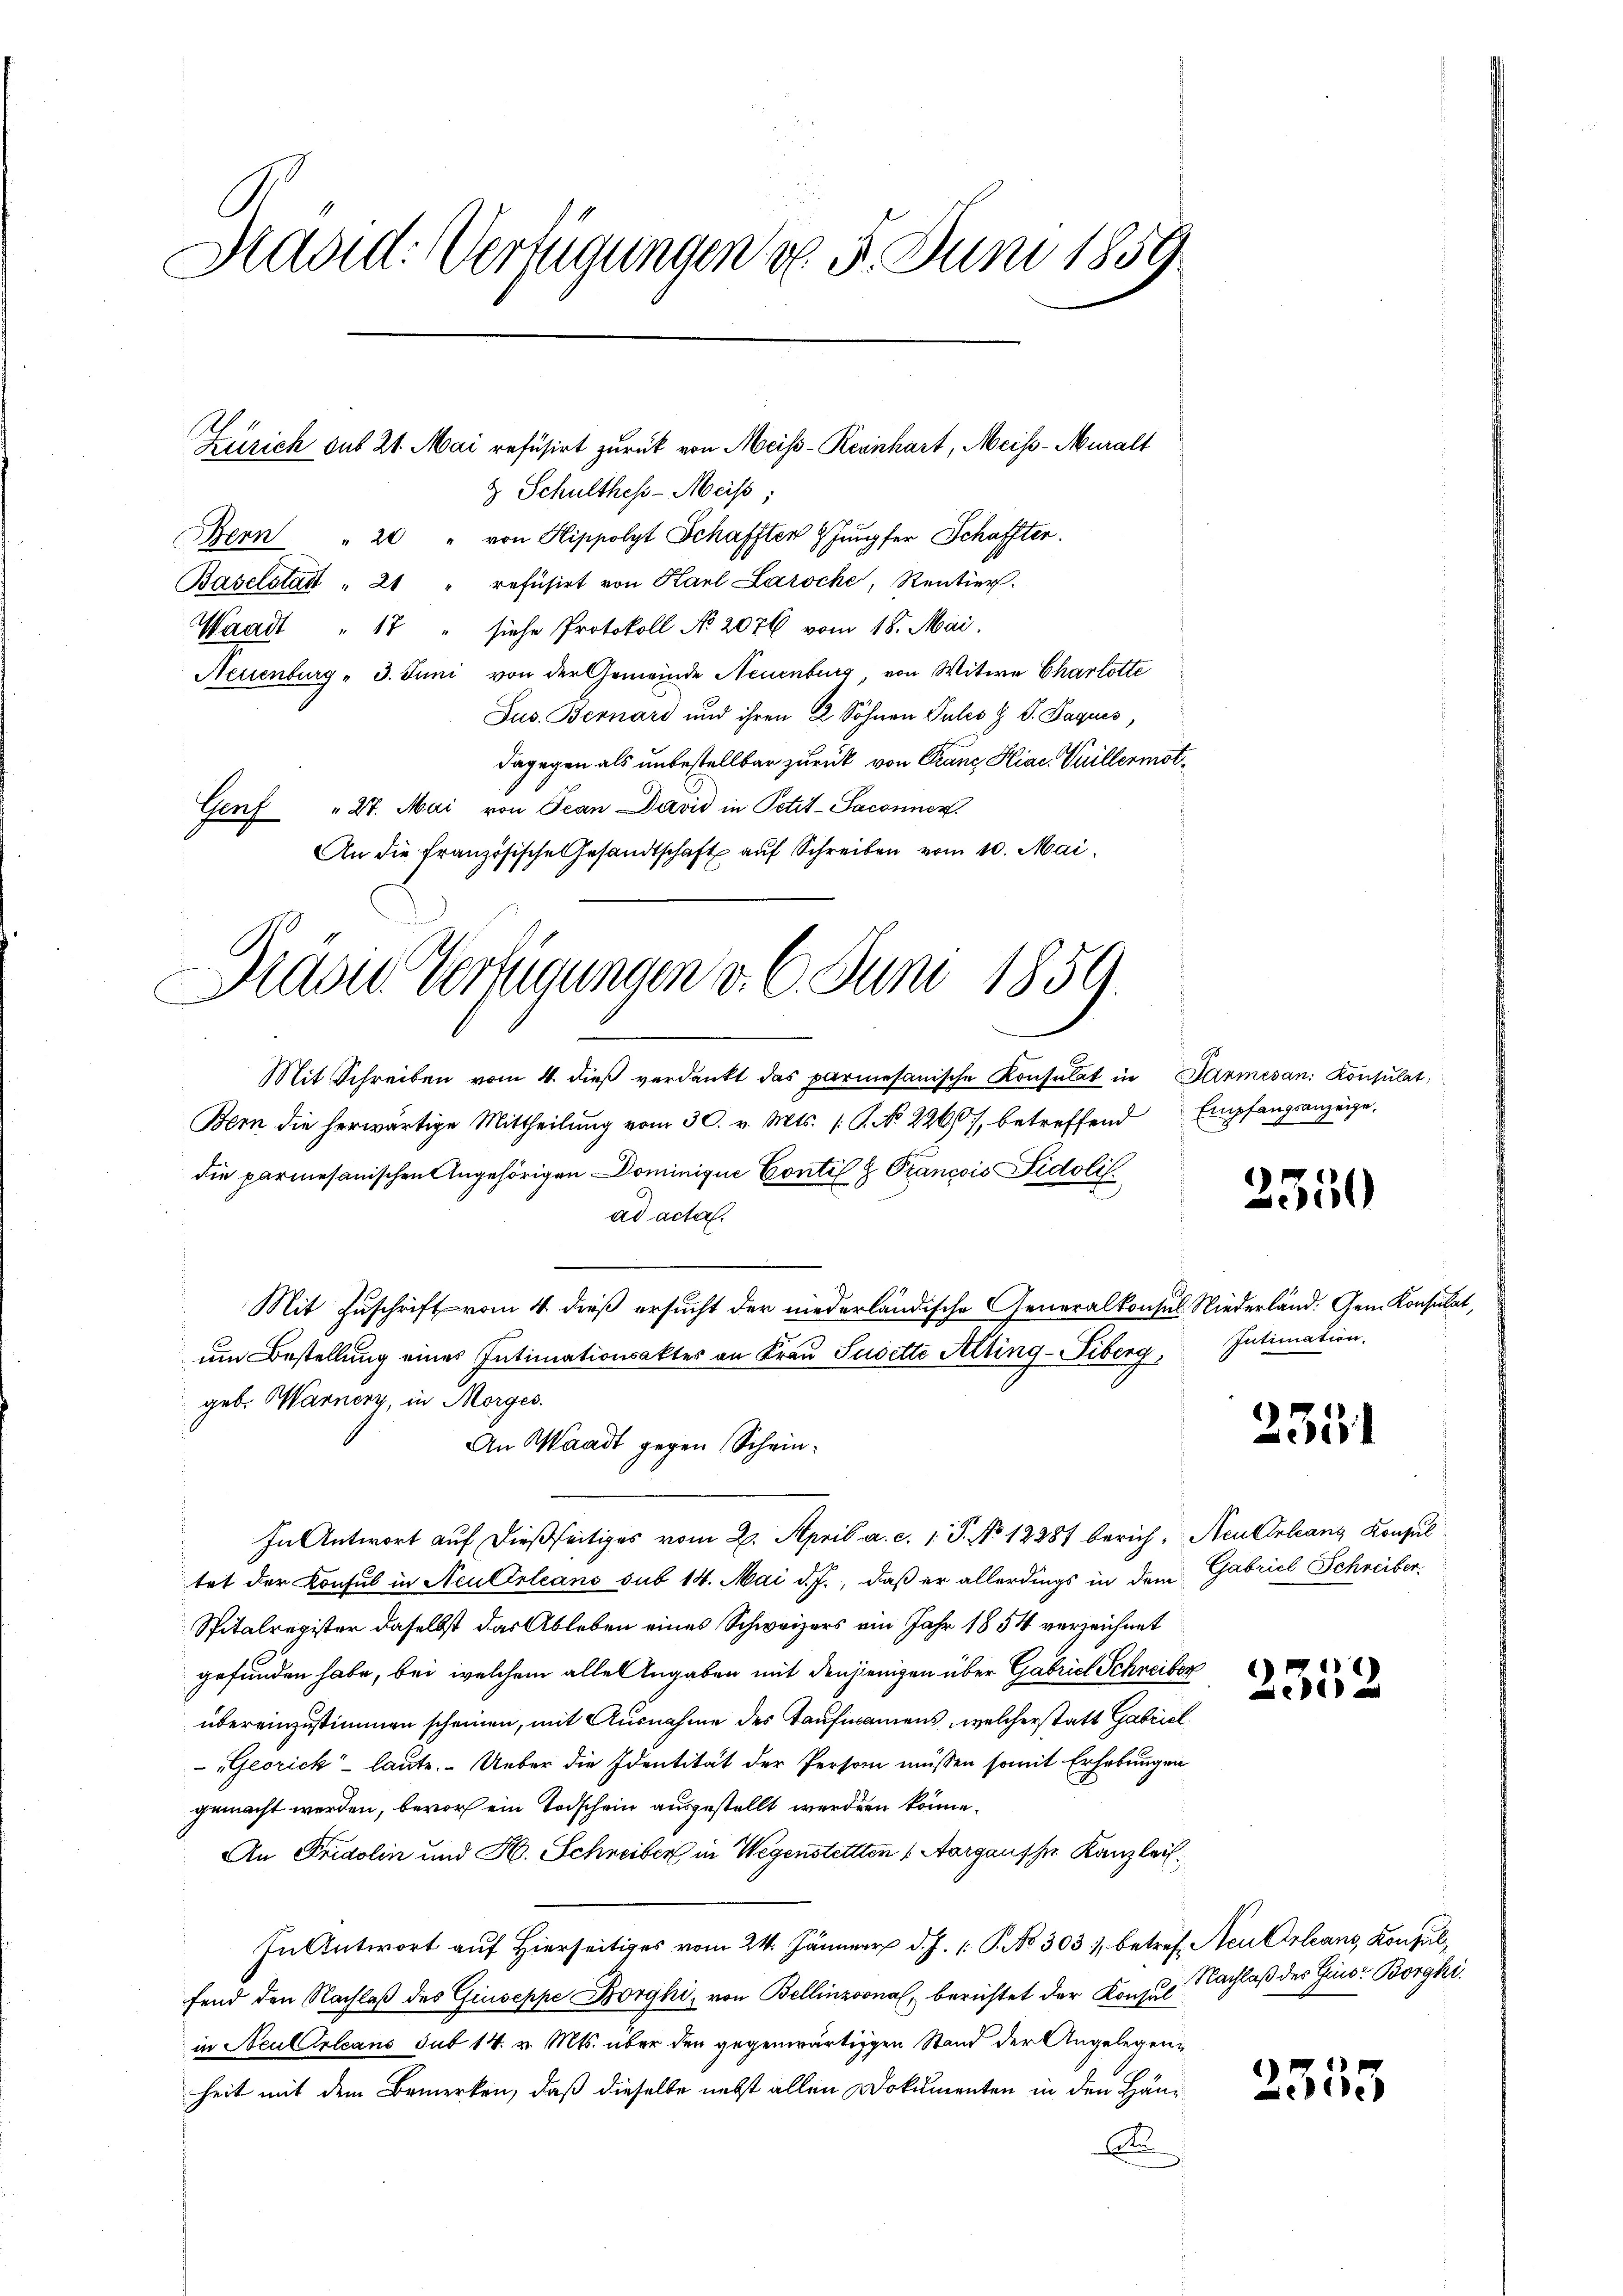
Masid: Verfügungen v. 5. Juni 1859

& Schultheß-Meiß,
Bern " 20 " von Hippolyt Schaffter 9 Jungfer Schaffter.
Baselstadt " 21 " refüsirt von Haul Laroche, Rentier.
Waadt " 17 " siehe Protokoll No 2076 vom 18. Mai.
Neuenburg - 3. Juni von der Gemeinde Neuenburg, von Witwe Charlotte
Jus. Bernard und ihren 2 Söhnen Pules H. V. Paquis,
dagegen als unbestellbar zurück von Franz Hiac. Grillermot¬
Genf " 27. Mai von Jean David in Petit-Saconuer
An die französische Gesandtschaft auf Schreiben vom 10. Mai.
Mit Schreiben vom 4. dieβ verdankt das parmesanische Konsulat in Parmesan. Konsulat,
Bern die herwärtige Mittheilung vom 30. v. Mts. (: P. No 2260), betreffend
die parmesanischen Angehörigen Dominique Contil & Francois Fidolis
ad acta.
Mit Zuschrift vom 4 dieß ersucht der niederländische Generalkonsul Niederländ. Gem. Konsulat,
um Bestellung eines Intimationsaktes an Frau Seidette Alting-Tiberg,
geb. Warnern, in Morges.
An Waadt gegen Schein¬
In Antwort auf dießseitiges vom 2. April a. c. 1. P. No 12887 berich, Neu Orleans Konsul
tet der Konsul in Neu Orleans sub 14. Mai d. J., daß er allerdings in dem Gabriel Schreiber
Spitalregister daselbst das Ableben eines Schweizers ein Jahr 1854 verzeichnet
gefunden habe, bei welchem alle Angaben mit denjenigen über Gabrict Schneiter
übereinzustimmen scheinen, mit Ausnahme des Kaufmannens, welcherstatt Gabriel
-Gerich laute. Ueber die Identität der Person müssen somit Erhebungen
gemacht werden, bevor ein Todschein ausgestellt werden könne.
An Fridolin und H. Schreiber in Wegenstellten (Aargausse Kanzlei
In Antwort auf Hierseitiges vom 24. Jänner d. J. 1: P. No 303), betref Neu Orleans, Konsul,
fend den Nachlaß des Giuseppe Borghi, von Bellinzonal, berichtet der Konsus Nachlaß des Gino- Borgki.
in NeulOrleans sub 14. v. Mts. über den gegenwärtigen Stand der Angelegenheit mit dem Bemerken, daß dieselbe nebst allen Dokumenten in den Häu¬
A

Zürich aus 21. Mai refüsirt zurück von Meis-Reinhart, Meiss-Muralt

Dradie Verfügungen d. 6. Juni 1859.
u

Empfangsanzeige,

2350

Intimation.

233

)
52

2335